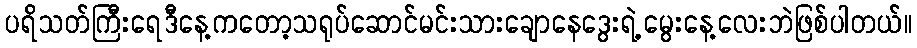
ပရိသတ်ကြီးရေဒီနေ့ကတော့သရုပ်ဆောင်မင်းသားချောနေဒွေးရဲ့မွေးနေ့လေးဘဲဖြစ်ပါတယ်။